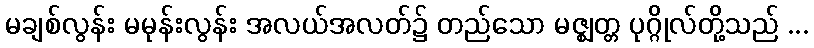
မချစ်လွန်း မမုန်းလွန်း အလယ်အလတ်၌ တည်သော မဇ္ဈတ္တ ပုဂ္ဂိုလ်တို့သည် ...